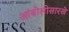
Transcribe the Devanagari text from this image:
आंबोलीसारखे